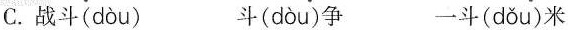
C.战斗( dòu ) 斗( dòu )争 一斗( dǒu )米